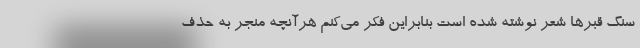
سنگ قبرها شعر نوشته شده است بنابراین فکر می‌کنم هرآنچه منجر به حذف